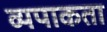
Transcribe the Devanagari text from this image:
व्यपाकता